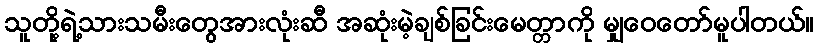
သူတို့ရဲ့သားသမီးတွေအားလုံးဆီ အဆုံးမဲ့ချစ်ခြင်းမေတ္တာကို မျှဝေတော်မူပါတယ်။